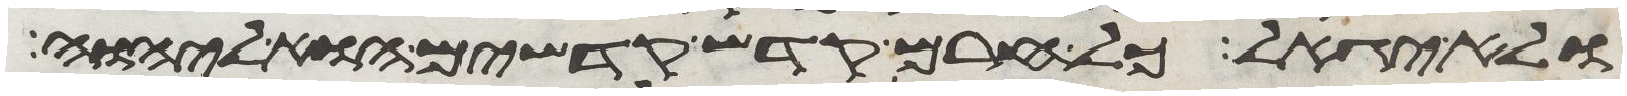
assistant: ולא יגאל כל חרם קדש קדשים הוא ליהוה